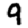
Digit: 9